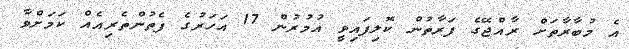
އެ މުބާރާތަށް ރާއްޖޭގެ ފަރާތުން ކޮލިފައިވީ އުމުރުން 17 އަހަރުގެ ފެތުންތެރިއެއް ކަމަށްވާ